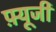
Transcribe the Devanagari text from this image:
फ़्यूजी